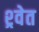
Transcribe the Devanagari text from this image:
श्र्वेत